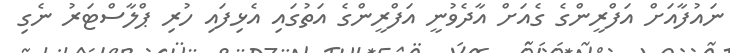
ނައުފާއަށް އަފްރީންގެ ގެއަށް އާދެވުނީ އަފްރީންގެ އަތުގައި އެޅިފައި ހުރި ޕްލާސްޓަރު ނެގި